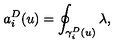
a _ { i } ^ { D } ( u ) = \oint _ { \gamma _ { i } ^ { D } ( u ) } \lambda ,